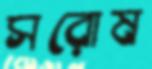
সরোষ